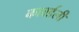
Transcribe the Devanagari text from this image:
कावर्डली